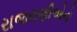
રાજરાણીઓનો